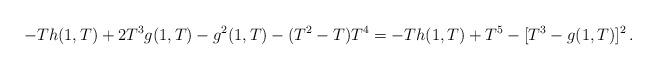
LaTeX: \begin{align*}-Th(1,T) + 2T^3g(1,T) - g^2(1,T) - (T^2-T)T^4 = -Th(1,T) + T^5 - [T^3 - g(1,T)]^2 \, .\end{align*}